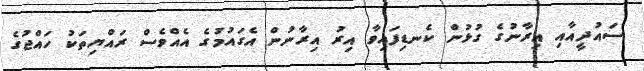
ސައުދީއާއި އިރާނުގެ ގުޅުން ކެނޑިފައިވާ އިރު އިރާނުން އެގައުމުގެ އެއްވެސް ރައްޔިތަކު ހައްޖުގެ